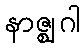
နာဇ္ဈဂါ